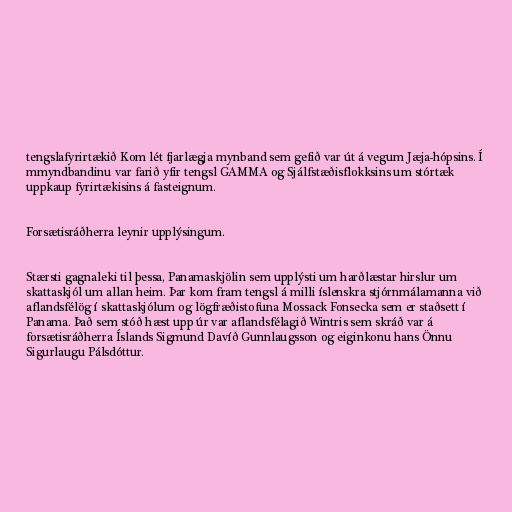
tengslafyrirtækið Kom lét fjarlægja mynband sem gefið var út á vegum Jæja-hópsins. Í
mmyndbandinu var farið yfir tengsl GAMMA og Sjálfstæðisflokksins um stórtæk
uppkaup fyrirtækisins á fasteignum.

Forsætisráðherra leynir upplýsingum.

Stærsti gagnaleki til þessa, Panamaskjölin sem upplýsti um harðlæstar hirslur um
skattaskjól um allan heim. Þar kom fram tengsl á milli íslenskra stjórnmálamanna við
aflandsfélög í skattaskjólum og lögfræðistofuna Mossack Fonsecka sem er staðsett í
Panama. Það sem stóð hæst upp úr var aflandsfélagið Wintris sem skráð var á
forsætisráðherra Íslands Sigmund Davíð Gunnlaugsson og eiginkonu hans Önnu
Sigurlaugu Pálsdóttur.